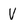
Character: V